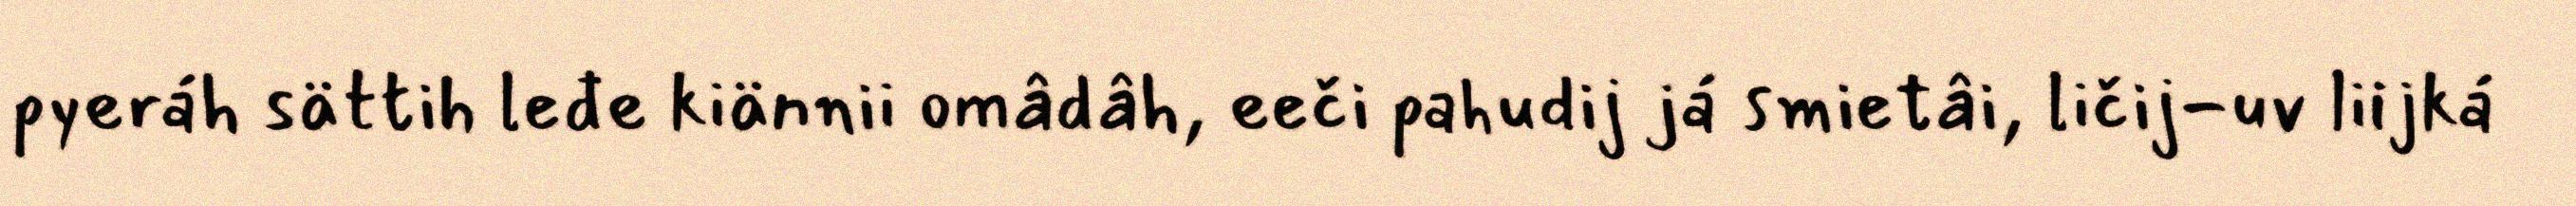
pyeráh sättih leđe kiännii omâdâh, eeči pahudij já smietâi, ličij-uv liijká